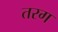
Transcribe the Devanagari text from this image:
तरग